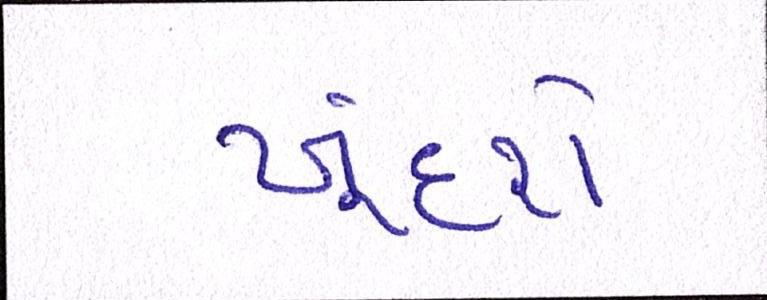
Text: ખૂંદશે